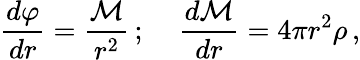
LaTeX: \frac{d\varphi}{dr}=\frac{{\cal M}}{r^{2}}\, ;\; \; \; \; \frac{d{\cal{M}}}{dr}=4\pi r^{2}\rho\, ,